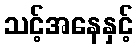
သင့်အနေနှင့်